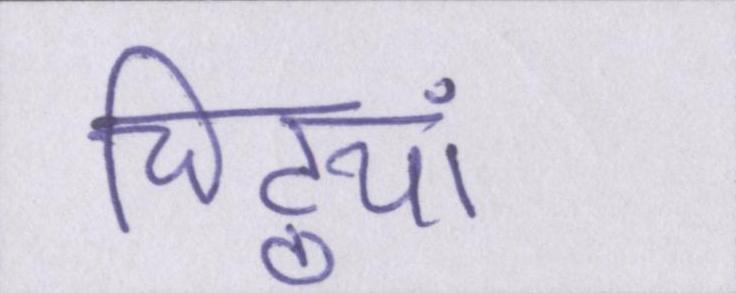
चिट्ठयां